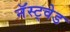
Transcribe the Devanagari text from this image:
नॅस्ट्वेड